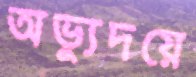
অভ্যুদয়ে